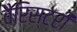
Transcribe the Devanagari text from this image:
वैरिस्टरी